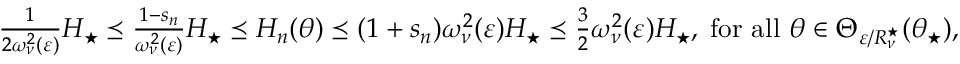
\begin{array} { r } { \frac 1 { 2 \omega _ { \nu } ^ { 2 } ( \varepsilon ) } H _ { \star } \preceq \frac { 1 - s _ { n } } { \omega _ { \nu } ^ { 2 } ( \varepsilon ) } H _ { \star } \preceq H _ { n } ( \theta ) \preceq ( 1 + s _ { n } ) \omega _ { \nu } ^ { 2 } ( \varepsilon ) H _ { \star } \preceq \frac 3 2 \omega _ { \nu } ^ { 2 } ( \varepsilon ) H _ { \star } , \; \mathrm { f o r ~ a l l ~ } \theta \in \Theta _ { \varepsilon / R _ { \nu } ^ { \star } } ( \theta _ { \star } ) , } \end{array}